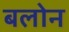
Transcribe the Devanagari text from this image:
बलोन